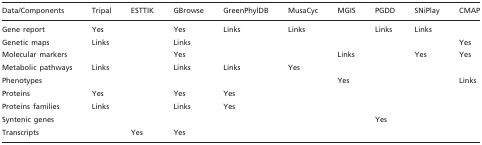
| Data/Components | Tripal | ESTTIK | GBrowse | GreenPhylDB | MusaCyc | MGIS | PGDD | SNiPlay | CMAP |
 | --- | --- | --- | --- | --- | --- | --- | --- | --- | --- |
 | Gene report | Yes |  | Yes | Links | Links |  | Links | Links |  |
 | Genetic maps | Links |  | Links |  |  |  |  |  | Yes |
 | Molecular markers |  |  | Yes |  |  | Links |  | Yes | Yes |
 | Metabolic pathways | Links |  | Links | Links | Yes |  |  |  |  |
 | Phenotypes |  |  |  |  |  | Yes |  |  | Links |
 | Proteins | Yes |  | Yes | Yes |  |  |  |  |  |
 | Proteins families | Links |  | Links | Yes |  |  |  |  |  |
 | Syntenic genes |  |  |  |  |  |  | Yes |  |  |
 | Transcripts |  | Yes | Yes |  |  |  |  |  |  |